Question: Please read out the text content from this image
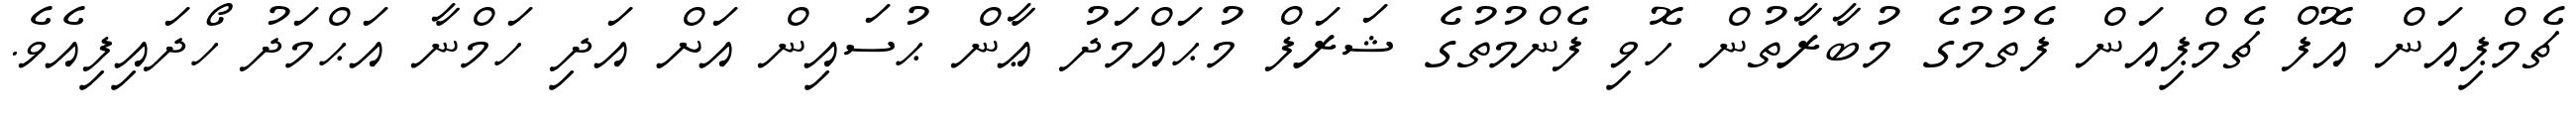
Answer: ޗެމްޕިއަން އޮފް ޗެމްޕިއަން ފެތުމުގެ މުބާރާތުން ހޮވި ފެންމުތުގެ ޝަރަފް މުޙައްމަދު ޢާން ޙުސައިން އަށް އަދި ހަމްނާ އަޙްމަދު ހޯދައިފިއެވެ.